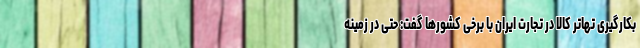
بکارگیری تهاتر کالا در تجارت ایران با برخی کشورها گفت: حتی در زمینه